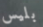
بليس